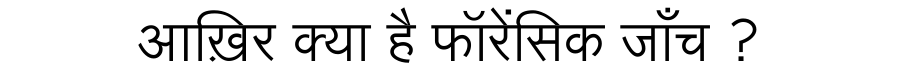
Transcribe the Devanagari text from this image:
आख़िर क्या है फॉरेंसिक जाँच ?